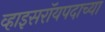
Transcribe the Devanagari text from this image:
व्हाइसरॉयपदाच्या